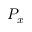
P _ { x }